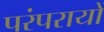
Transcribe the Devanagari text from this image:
परंपरायों